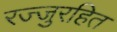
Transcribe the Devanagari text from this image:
रज्जुरहित